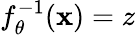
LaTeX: f_{\theta}^{-1}(\mathbf{x})=z